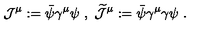
{ \mathcal J } ^ { \mu } : = \bar { \psi } \gamma ^ { \mu } \psi \ , \ \widetilde { { \mathcal J } } ^ { \mu } : = \bar { \psi } \gamma ^ { \mu } \gamma \psi \ .